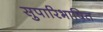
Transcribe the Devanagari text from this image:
सुपारिभाषित